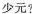
少元?